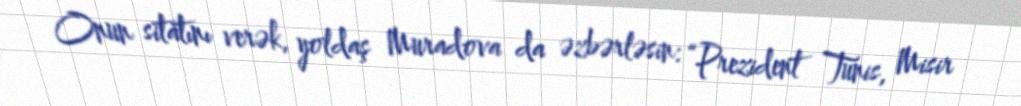
Onun sitatını verək, yoldaş Muradova da əzbərləsin: “Prezident Tunis, Misir